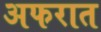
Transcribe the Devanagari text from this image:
अफरात